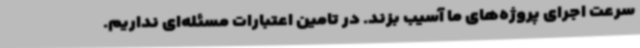
سرعت اجرای پروژه‌های ما آسیب بزند. در تامین اعتبارات مسئله‌ای نداریم.